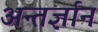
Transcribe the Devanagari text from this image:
अन्तर्ज्ञान